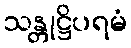
သန္တုဋ္ဌိပရမံ